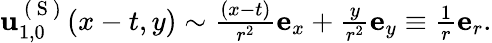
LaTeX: \begin{array}{r}{\mathbf{u}_{1,0}^{\mathrm{~(~S~)~}}(x-t,y)\sim\frac{(x-t)}{r^{2}}\mathbf{e}_{x}+\frac{y}{r^{2}}\mathbf{e}_{y}\equiv\frac{1}{r}\mathbf{e}_{r}.}\end{array}